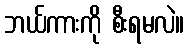
ဘယ်ကားကို စီးရမလဲ။